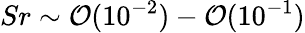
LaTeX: Sr\sim\mathcal{O}(10^{-2})-\mathcal{O}(10^{-1})